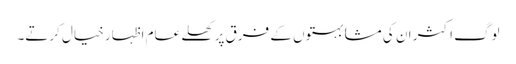
لوگ اکثر ان کی مشابہتوں کے فرق پر کھلے عام اظہارِ خیال کرتے۔